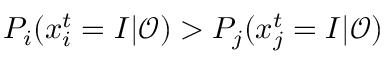
P _ { i } ( x _ { i } ^ { t } = I | \mathcal { O } ) > P _ { j } ( x _ { j } ^ { t } = I | \mathcal { O } )